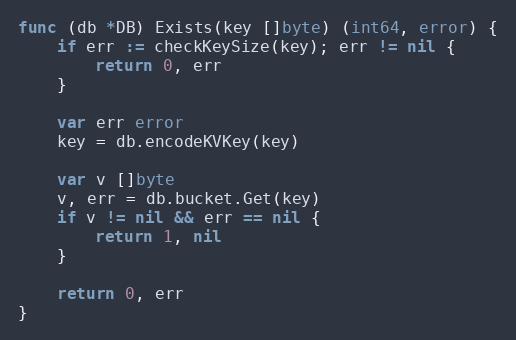
Language: Go
func (db *DB) Exists(key []byte) (int64, error) {
	if err := checkKeySize(key); err != nil {
		return 0, err
	}

	var err error
	key = db.encodeKVKey(key)

	var v []byte
	v, err = db.bucket.Get(key)
	if v != nil && err == nil {
		return 1, nil
	}

	return 0, err
}